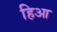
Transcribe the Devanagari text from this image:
हिआ